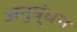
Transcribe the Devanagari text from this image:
अनुब्ंधन